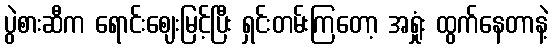
ပွဲစားဆီက ရောင်းဈေးမြင့်ပြီး ရှင်းတမ်းကြတော့ အရှုံး ထွက်နေတာနဲ့